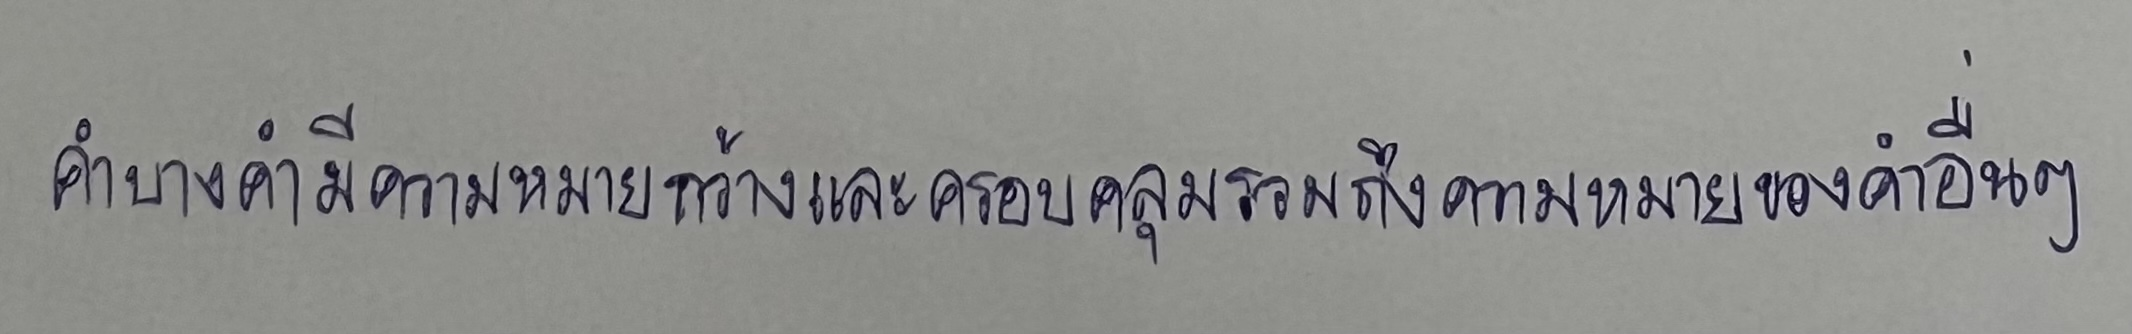
คำบางคำมีความหมายกว้างและครอบคลุมรวมถึงความหมายของคำอื่นๆ